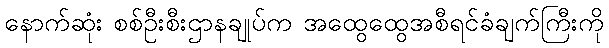
နောက်ဆုံး စစ်ဦးစီးဌာနချုပ်က အထွေထွေအစီရင်ခံချက်ကြီးကို